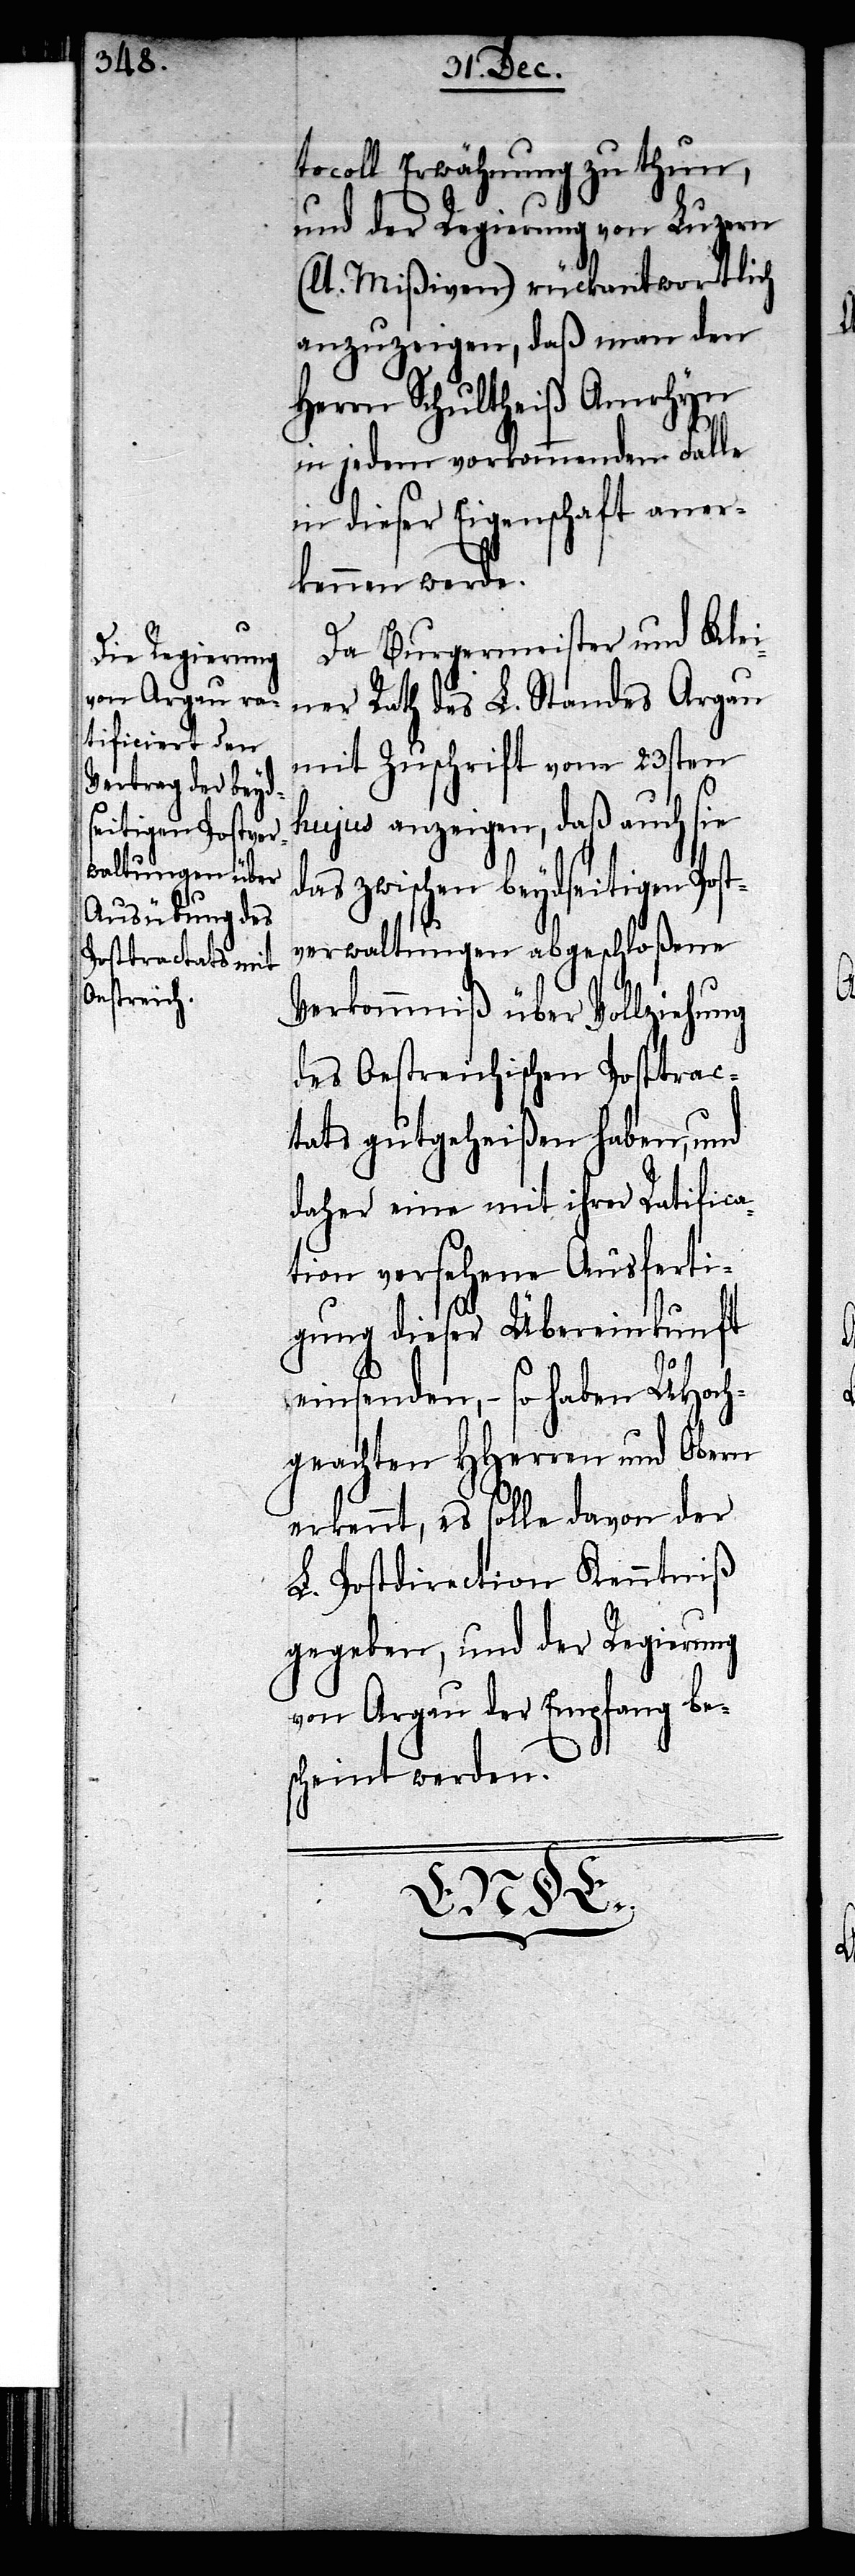
tocoll Erwähnung zu thun,
und der Regierung von Luzern
(lt. Mißiven) rückantwortlich
anzuzeigen, daß man den
Herrn Schultheiß Amrhyn
in jedem vorkommenden Falle
in dieser Eigenschaft aner¬
kennen werde.
Da Burgermeister und Klei¬
ner Rath des L. Standes Argau
mit Zuschrift vom 23sten
anzeigen, daß auch sie
das zwischen beydseitigen Post¬
verwaltungen abgeschloßene
Verkommniß über Vollziehung
des Oestreichischen Posttrac¬
tats gutgeheißen haben, und
daher eine mit ihrer Ratifica¬
tion versehene Ausferti¬
gung dieser Übereinkunft
einsenden, – so haben UHoch¬
geachten HHerren und Obern
erkennt, es solle davon der
L. Postdirection Kenntniß
gegeben, und der Regierung
von Argau der Empfang be¬
scheint werden.